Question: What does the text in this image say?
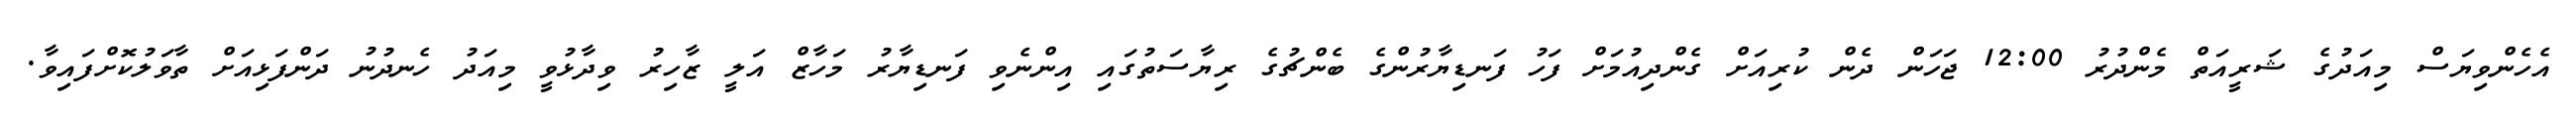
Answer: އެހެންވިޔަސް މިއަދުގެ ޝަރީއަތް މެންދުރު 12:00 ޖަހަން ދެން ކުރިއަށް ގެންދިއުމަށް ފަހު ފަނޑިޔާރުންގެ ބެންޗުގެ ރިޔާސަތުގައި އިންނެވި ފަނޑިޔާރު މަހާޒް އަލީ ޒާހިރު ވިދާޅުވީ މިއަދު ހެނދުނު ދަންފަޅިއަށް ތާވަލުކޮށްފައިވާ.